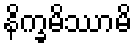
နိက္ခမိဿာမိ